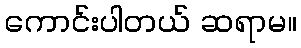
ကောင်းပါတယ် ဆရာမ။